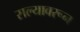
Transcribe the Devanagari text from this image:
सल्यावरून